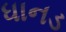
ધાનડ